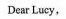
Dear Lucy,